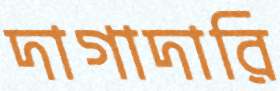
দাগাদারি